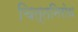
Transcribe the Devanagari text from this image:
चित्तनिरोध